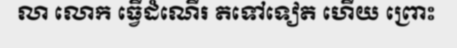
លា លោក ធ្វើដំណើរ តទៅទៀត ហើយ ព្រោះ